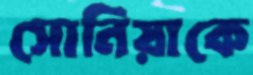
সোনিয়াকে